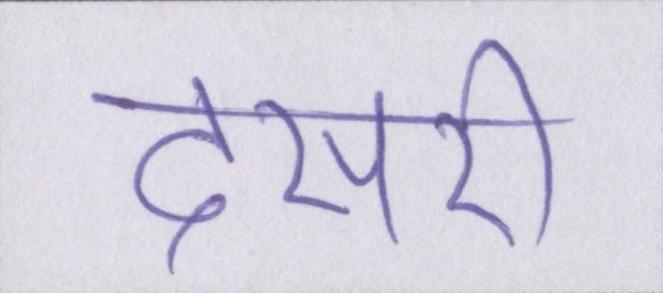
दसरी